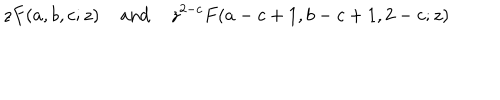
z F ( a , b , c ; z ) \; \mathrm { a n d } \; z ^ { 2 - c } F ( a - c + 1 , b - c + 1 , 2 - c ; z )